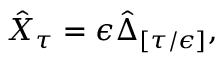
\hat { X } _ { \tau } = \epsilon \hat { \Delta } _ { [ \tau / \epsilon ] } ,